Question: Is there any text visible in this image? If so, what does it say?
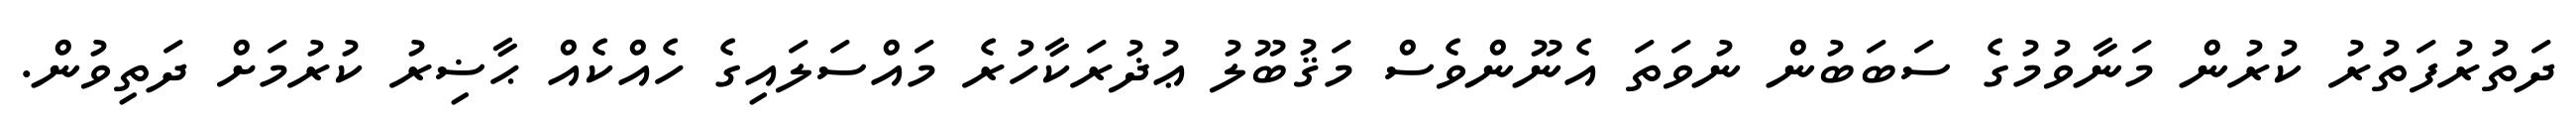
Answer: ދަތުރުފަތުރު ކުރުން މަނާވުމުގެ ސަބަބުން ނުވަތަ އެނޫންވެސް މަޤުބޫލު ޢުޛުރަކާހުރެ މައްސަލައިގެ ހެއްކެއް ޙާޟިރު ކުރުމަށް ދަތިވުން.